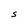
Character: S